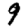
Digit: 9